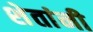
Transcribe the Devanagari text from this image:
शेतांनी